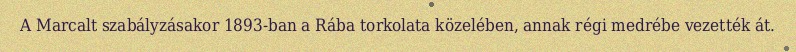
A Marcalt szabályzásakor 1893-ban a Rába torkolata közelében, annak régi medrébe vezették át.